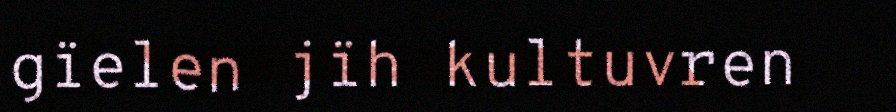
gïelen jïh kultuvren